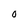
Character: 0